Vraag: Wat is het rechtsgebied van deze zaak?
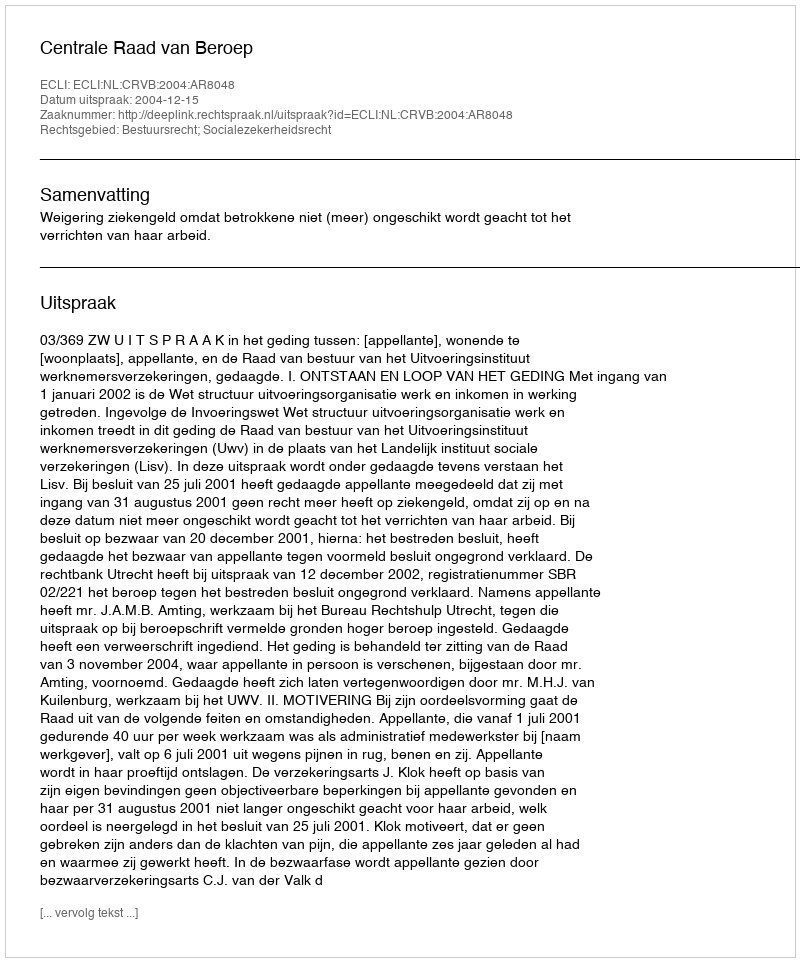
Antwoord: Bestuursrecht; Socialezekerheidsrecht